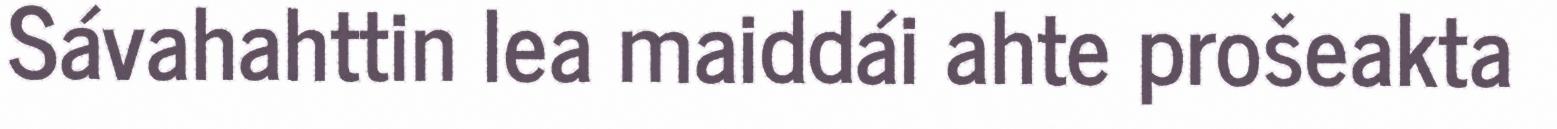
Sávahahttin lea maiddái ahte prošeakta